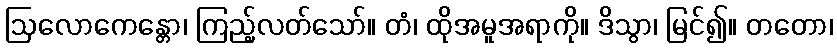
ဩလောကေန္တော၊ ကြည့်လတ်သော်။ တံ၊ ထိုအမူအရာကို။ ဒိသွာ၊ မြင်၍။ တတော၊